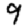
Digit: 9